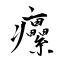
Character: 癳